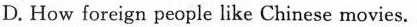
D. How foreign people like Chinese movies.